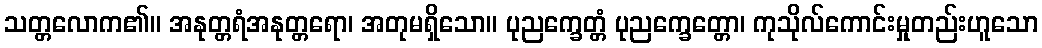
သတ္တလောက၏။ အနုတ္တရံအနုတ္တရော၊ အတုမရှိသော။ ပုညက္ခေတ္တံ ပုညက္ခေတ္တော၊ ကုသိုလ်ကောင်းမှုတည်းဟူသော